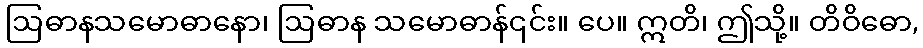
ဩဓာနသမောဓာနော၊ ဩဓာန သမောဓာန်၎င်း။ ပေ။ ဣတိ၊ ဤသို့။ တိဝိဓော,